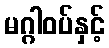
မဂ္ဂါဝပ်နှင့်